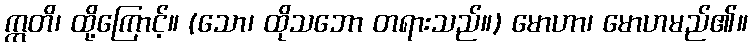
ဣတိ၊ ထို့ကြောင့်။ (သော၊ ထိုသဘော တရားသည်။) မောဟာ၊ မောဟမည်၏။